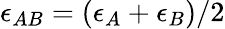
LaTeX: \epsilon_{AB}=(\epsilon_{A}+\epsilon_{B})/2